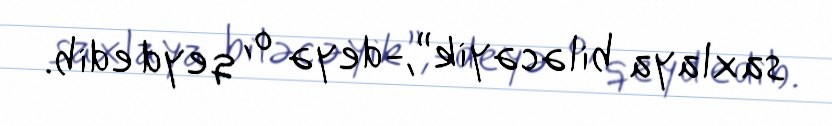
saxlaya biləcəyik”,-deyə o, qeyd edib.